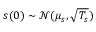
s ( 0 ) \sim \mathcal { N } ( \mu _ { s } , \sqrt { T _ { s } } )